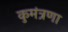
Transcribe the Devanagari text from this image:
कुमंत्रणा